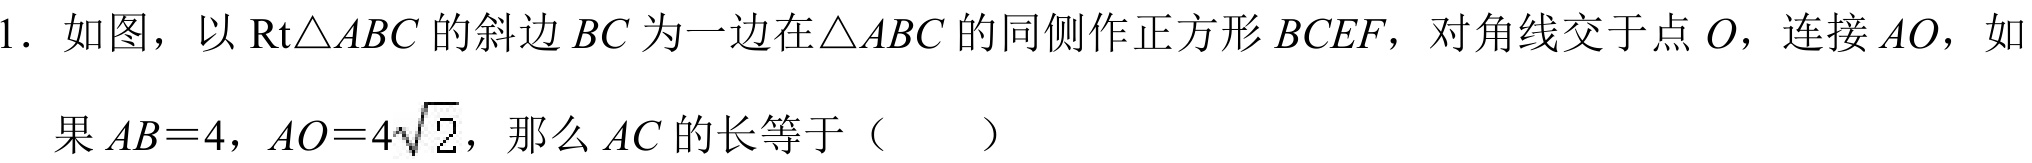
1. 如图，以$\text{Rt}\triangle ABC$的斜边$BC$为一边在$\triangle ABC$的同侧作正方形$BCEF$，对角线交于点$O$，连接$AO$，如
果$AB = 4$，$AO = 4\sqrt{2}$，那么$AC$的长等于（  ）